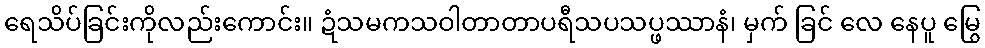
ရေသိပ်ခြင်းကိုလည်းကောင်း။ ဍံသမကသဝါတာတာပရီသပသပ္ဖဿာနံ၊ မှက် ခြင် လေ နေပူ မြွေ